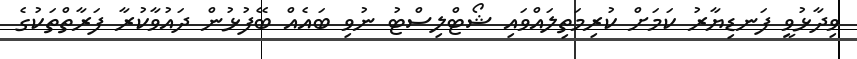
ވިދާޅުވީ ފަނޑިޔާރު ކަމަށް ކުރިމަތިލައްވައި ޝޯޓްލިސްޓު ނުވި ބައެއް ބޭފުޅުން ދައުވާކުރާ ފަރާތްތަކުގެ